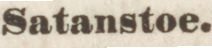
Satanstoe.